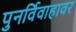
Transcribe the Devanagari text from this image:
पुनर्विवाहावर